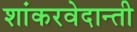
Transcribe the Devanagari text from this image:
शांकरवेदान्ती